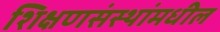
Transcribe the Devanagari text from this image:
शिक्षणसंस्थांमधील